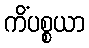
ကိံပစ္စယာ